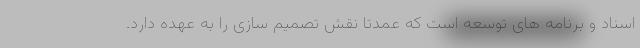
اسناد و برنامه های توسعه است که عمدتا نقش تصمیم سازی را به عهده دارد.